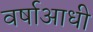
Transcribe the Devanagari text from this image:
वर्षाआधी